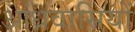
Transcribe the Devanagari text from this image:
आंध्रवासियों